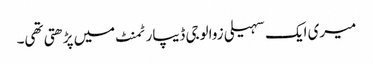
میری ایک سہیلی زوالوجی ڈیپارٹمنٹ میں پڑھتی تھی۔